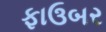
ફાઉબર